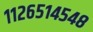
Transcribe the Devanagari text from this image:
११२६५१४५४८